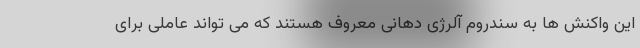
این واکنش ها به سندروم آلرژی دهانی معروف هستند که می تواند عاملی برای